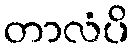
တာလံပိ